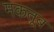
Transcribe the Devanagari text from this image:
मकतूब